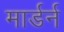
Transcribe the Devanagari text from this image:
मार्डर्न